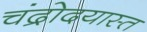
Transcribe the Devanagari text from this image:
चंद्रोदयास्त